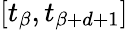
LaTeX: [t_{\beta},t_{\beta+d+1}]